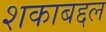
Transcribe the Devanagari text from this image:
शकाबद्दल